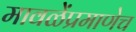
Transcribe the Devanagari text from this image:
मावळेंप्रमाणेच